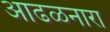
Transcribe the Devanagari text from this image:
आढळनारा